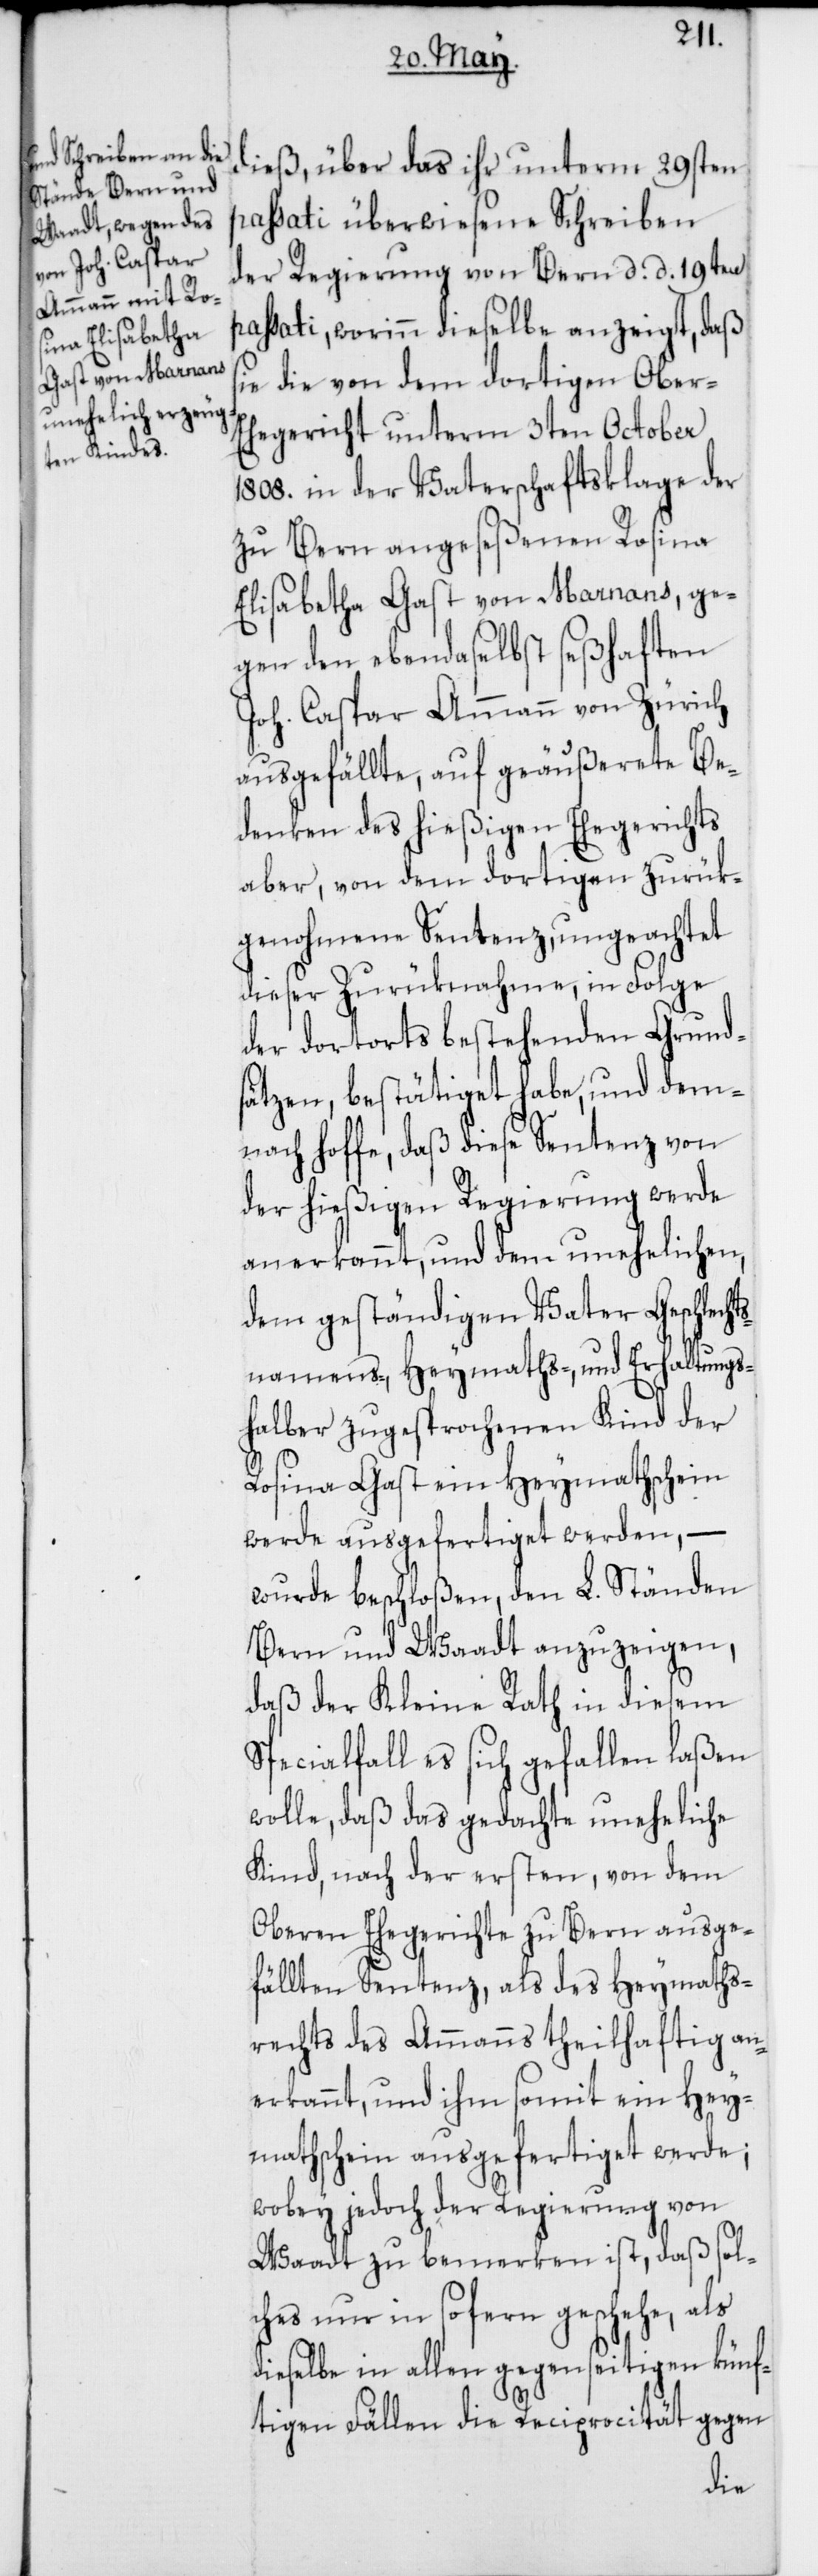
dieß, über das ihr unterm 29sten
passati überwiesene Schreiben
der Regierung von Bern d. d. 19ten
passati, worinn dieselbe anzeigt, daß
sie die von dem dortigen Ober-E¬
hegericht unterm 3ten October
1808. in der Vaterschaftsklage der
zu Bern angeseßenen Rosina
Elisabetha Gast von Marnans, ge¬
gen den ebendaselbst seßhaften
Joh. Caspar Ammann von Zürich
ausgefällte, auf geäußerete Be¬
denken des hießigen Ehegerichts
aber, von dem dortigen zurük¬
genohmene Sentenz, ungeachtet
dieser Zurüknahme, in Folge
der dortorts bestehenden Grund¬
sätzen, bestätiget habe, und dem¬
nach hoffe, daß diese Sentenz von
der hießigen Regierung werde
anerkannt, und dem unehelichen,
dem geständigen Vater Geschlecht¬
snamens-, Heymaths-, und Erhaltungs¬
halber zugesprochenen Kind der
Rosina Gast ein Heymathschein
werde ausgefertiget werden, –
wurde beschloßen, den L. Ständen
Bern und Waadt anzuzeigen,
daß der Kleine Rath in diesem
Specialfall es sich gefallen laßen
wolle, daß das gedachte uneheliche
Kind, nach der ersten, von dem
Oberen Ehegerichte zu Bern ausge¬
fällten Sentenz, als des Heymaths¬
rechts des Ammanns theilhaftig an¬
erkannt, und ihm somit ein Hey¬
mathschein ausgefertiget werde;
wobey jedoch der Regierung von
Waadt zu bemerken ist, daß sol¬
ches nur insofern geschehe, als
dieselbe in allen gegenseitigen künf¬
tigen Fällen die Reciprocität gegen